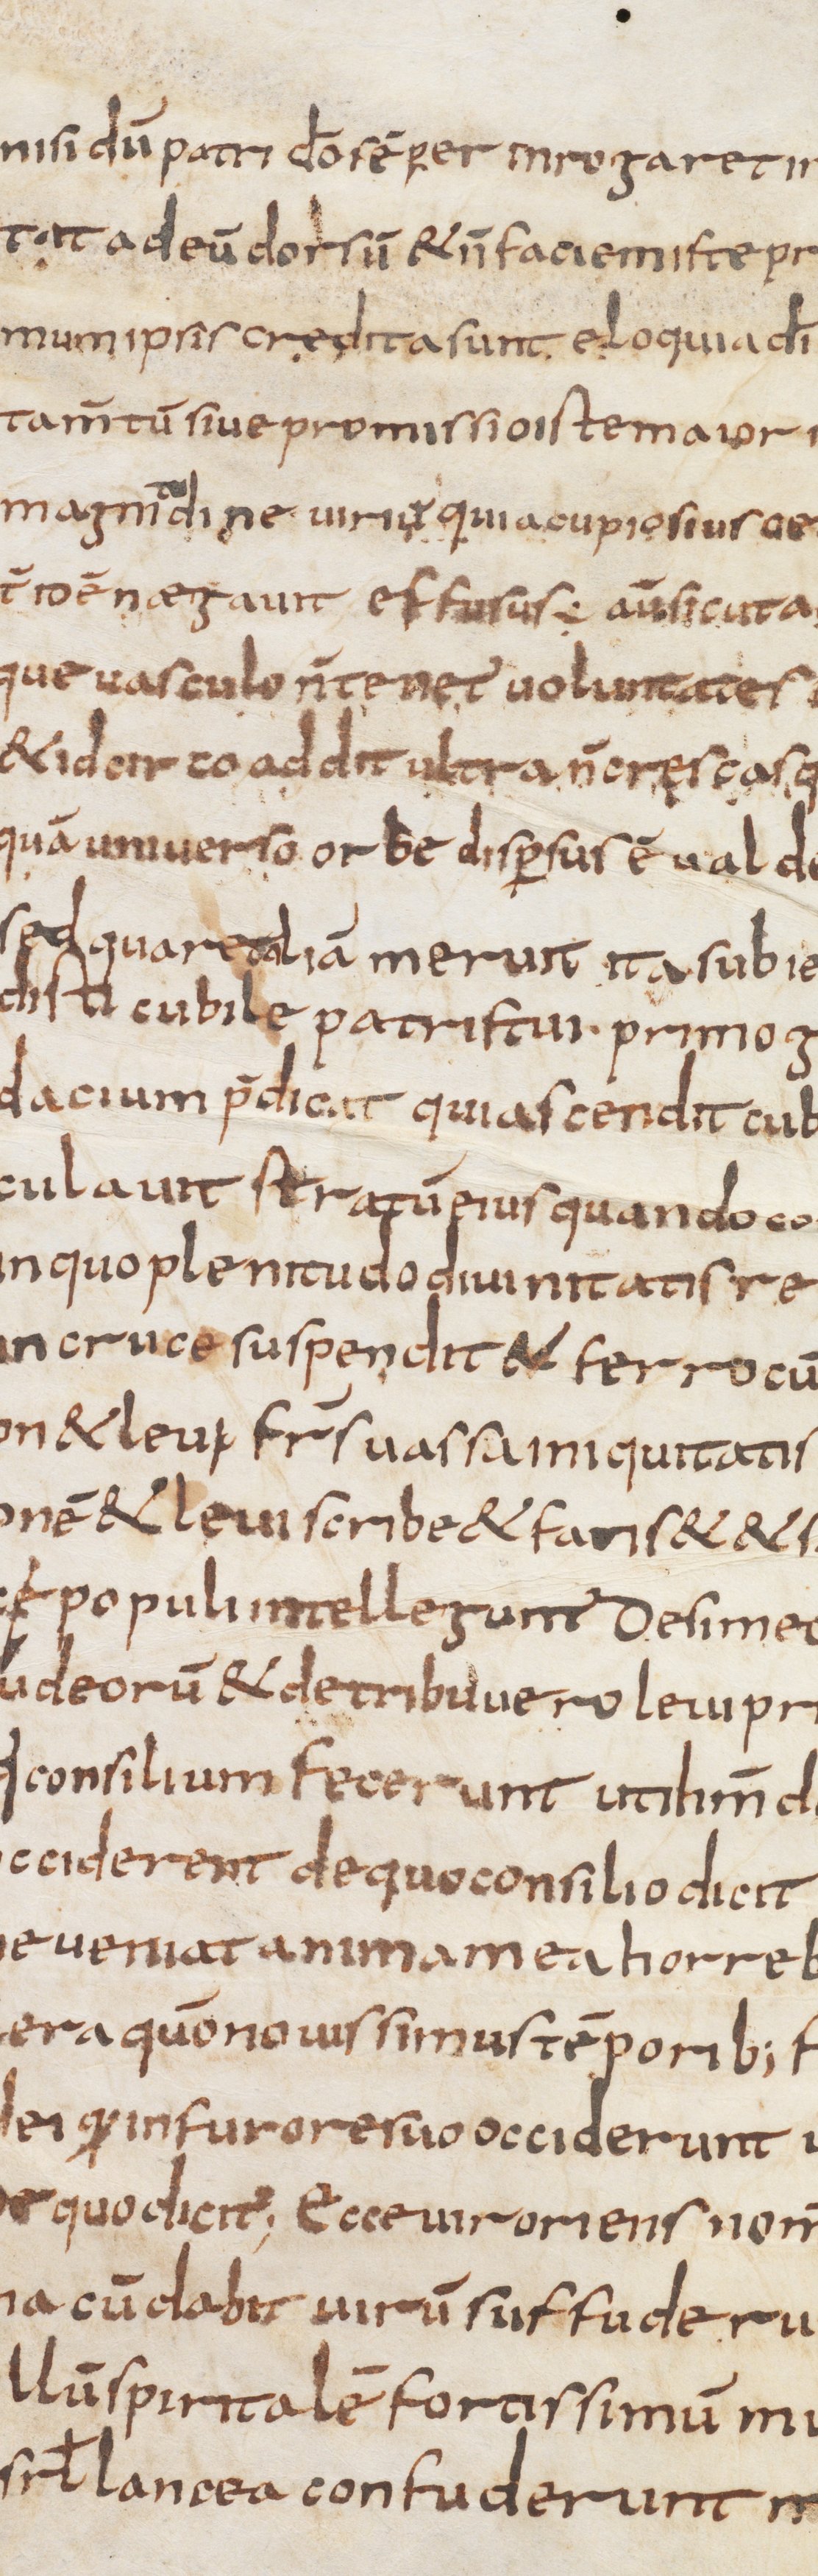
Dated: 833–865